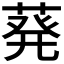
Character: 𫈴